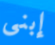
إبنى